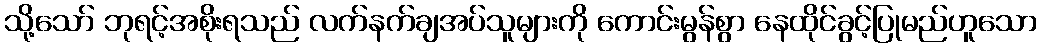
သို့သော် ဘုရင့်အစိုးရသည် လက်နက်ချအပ်သူများကို ကောင်းမွန်စွာ နေထိုင်ခွင့်ပြုမည်ဟူသော